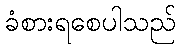
ခံစားရစေပါသည်